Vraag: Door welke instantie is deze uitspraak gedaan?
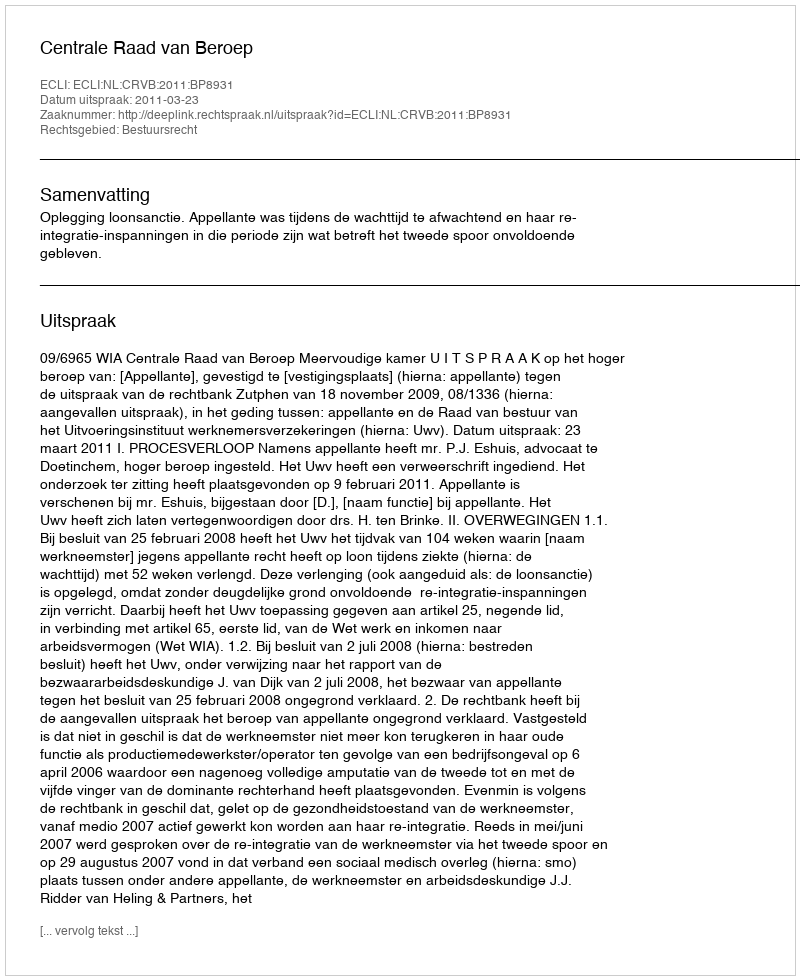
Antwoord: Centrale Raad van Beroep